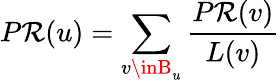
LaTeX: P\mathcal{R}(u)=\sum_{v\inB_{u}}{\frac{{P\mathcal{R}(v)}}{{L(v)}}}